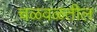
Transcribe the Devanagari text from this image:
चळवळतील